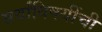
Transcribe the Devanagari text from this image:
सर्वांविषयींची